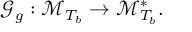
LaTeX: \mathcal { G } _ { g } : \mathcal { M } _ { T _ { b } } \rightarrow \mathcal { M } _ { T _ { b } } ^ { \ast } .